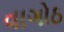
વાગોઠ